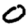
Digit: 0